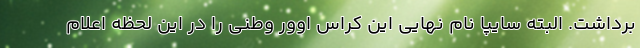
برداشت. البته سایپا نام نهایی این کراس اوور وطنی را در این لحظه اعلام